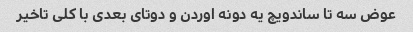
عوض سه تا ساندویچ یه دونه اوردن و دوتای بعدی با کلی تاخیر